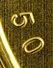
50